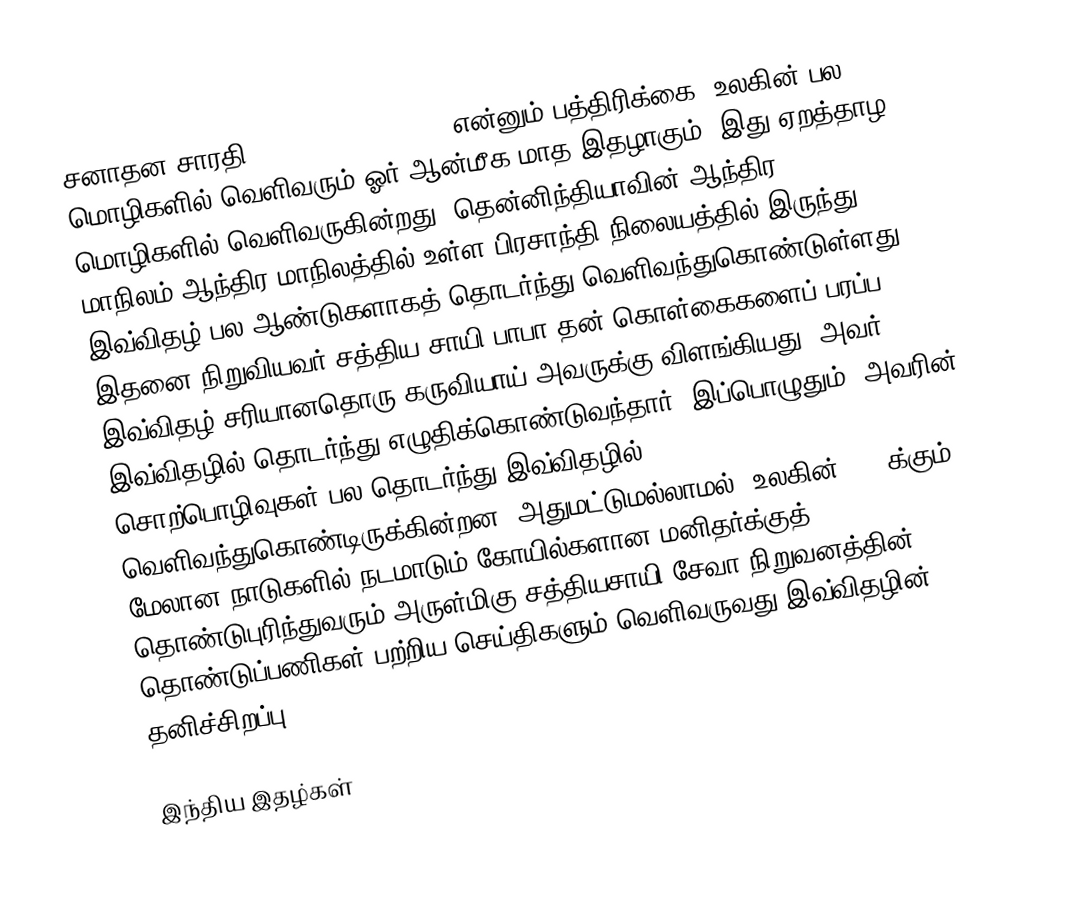
சனாதன சாரதி (sanathana sarathi) என்னும் பத்திரிக்கை, உலகின் பல மொழிகளில் வெளிவரும் ஓர் ஆன்மீக மாத இதழாகும். இது ஏறத்தாழ 25 மொழிகளில் வெளிவருகின்றது. தென்னிந்தியாவின் ஆந்திர மாநிலம்|ஆந்திர மாநிலத்தில் உள்ள பிரசாந்தி நிலையத்தில் இருந்து இவ்விதழ் பல ஆண்டுகளாகத் தொடர்ந்து வெளிவந்துகொண்டுள்ளது. இதனை நிறுவியவர் சத்திய சாயி பாபா தன் கொள்கைகளைப் பரப்ப இவ்விதழ் சரியானதொரு கருவியாய் அவருக்கு விளங்கியது. அவர் இவ்விதழில் தொடர்ந்து எழுதிக்கொண்டுவந்தார்; இப்பொழுதும், அவரின் சொற்பொழிவுகள் பல தொடர்ந்து இவ்விதழில் வெளிவந்துகொண்டிருக்கின்றன. அதுமட்டுமல்லாமல், உலகின் 168 க்கும் மேலான நாடுகளில் நடமாடும் கோயில்களான மனிதர்க்குத் தொண்டுபுரிந்துவரும் அருள்மிகு சத்தியசாயி சேவா நிறுவனத்தின் தொண்டுப்பணிகள் பற்றிய செய்திகளும் வெளிவருவது இவ்விதழின் தனிச்சிறப்பு.

இந்திய இதழ்கள்